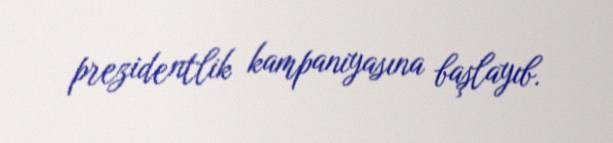
prezidentlik kampaniyasına başlayıb.